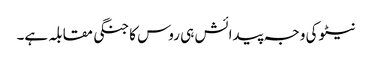
نیٹو کی وجہ پیدائش ہی روس کا جنگی مقابلہ ہے۔